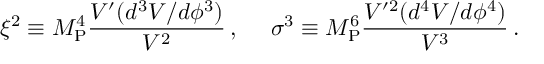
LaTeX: \xi ^ { 2 } \equiv M _ { \mathrm { P } } ^ { 4 } \frac { V ^ { \prime } ( d ^ { 3 } V / d \phi ^ { 3 } ) } { V ^ { 2 } } \, , ~ ~ ~ ~ \sigma ^ { 3 } \equiv M _ { \mathrm { P } } ^ { 6 } \frac { V ^ { \prime 2 } ( d ^ { 4 } V / d \phi ^ { 4 } ) } { V ^ { 3 } } \, .